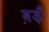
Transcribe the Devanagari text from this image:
ब़ड़ी